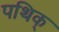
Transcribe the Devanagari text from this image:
पथिक्‌